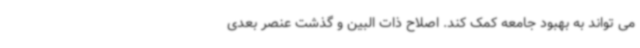
می تواند به بهبود جامعه کمک کند. اصلاح ذات البین و گذشت عنصر بعدی